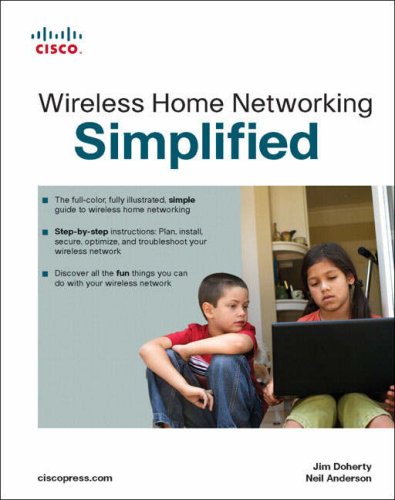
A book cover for Wireless Home Networking Simplified; Jim Doherty; Computers & Technology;